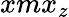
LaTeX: xmx_{z}